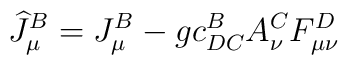
\widehat{J}_\mu ^B=J_\mu ^B-gc_{DC}^BA_\nu ^CF_{\mu \nu }^D